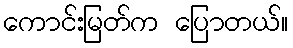
ကောင်းမြတ်က ပြောတယ်။